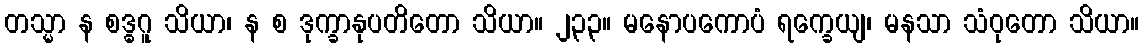
တသ္မာ န စဒ္ဓဂူ သိယာ၊ န စ ဒုက္ခာနုပတိတော သိယာ။ ၂၃၃။ မနောပကောပံ ရက္ခေယျ၊ မနသာ သံဝုတော သိယာ။